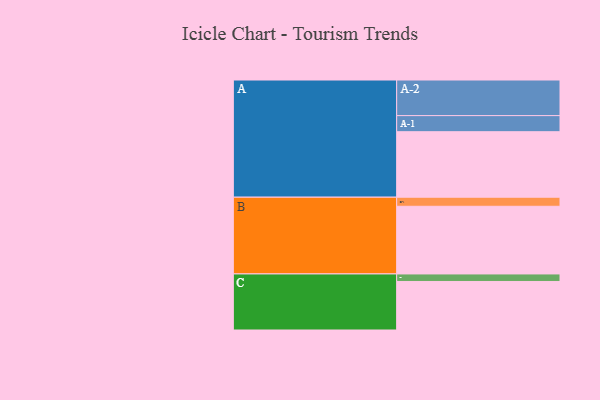
{"axis": {"x": "Segment", "y": "Value"}, "legend": ["", "A", "B", "C"], "data": [{"x": "A", "y": 513, "type": ""}, {"x": "B", "y": 530, "type": ""}, {"x": "C", "y": 380, "type": ""}, {"x": "A-1", "y": 126, "type": "A"}, {"x": "A-2", "y": 279, "type": "A"}, {"x": "B-1", "y": 71, "type": "B"}, {"x": "C-1", "y": 59, "type": "C"}]}